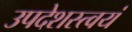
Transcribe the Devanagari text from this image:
उपदेशस्त्वयं